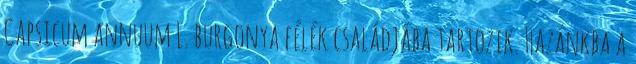
Capsicum annuum L. burgonya félék családjába tartozik. Hazánkba a